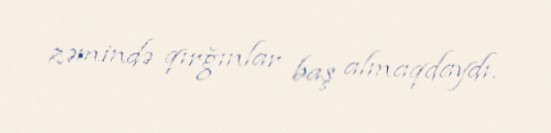
zəmində qırğınlar baş almaqdaydı.